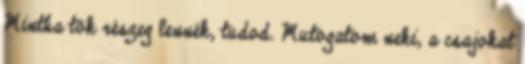
Mintha tök részeg lennék, tudod. Mutogatom neki, a csajokat